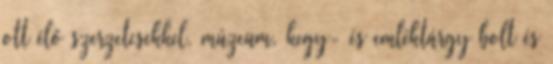
ott élő szerzetesekkel, múzeum, kegy- és emléktárgy bolt és